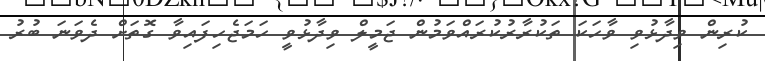
ކުރިން ވިދާޅުވި ވާހަކަ ތަކުރާރުކުރައްވަމުން ޖަމީލް ވިދާޅުވީ ހަމަޖެހިފައިވާ ގޮތަށް ދެވަނަ ބުރު